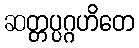
ဆတ္တပ္ပဂ္ဂဟိတေ